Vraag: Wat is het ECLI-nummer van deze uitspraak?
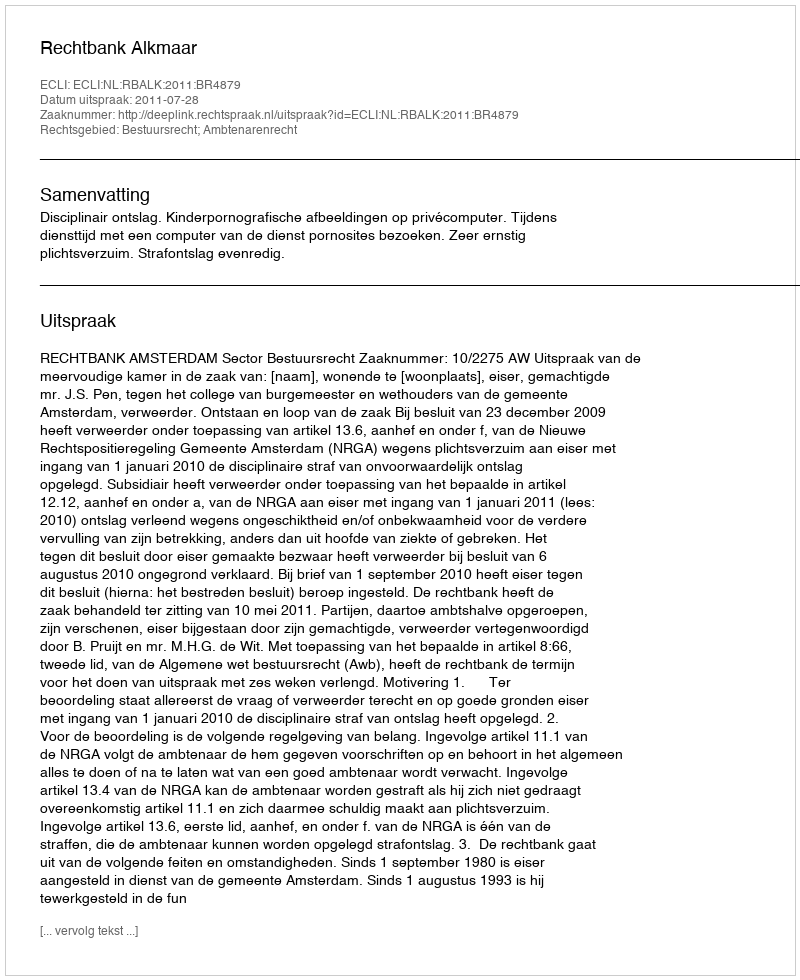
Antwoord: ECLI:NL:RBALK:2011:BR4879